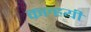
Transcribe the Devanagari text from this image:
कल्हयी